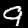
Digit: 9